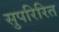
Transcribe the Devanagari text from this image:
सुपरिरित